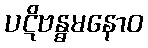
ပဋိဗန္ဓမနောဝ